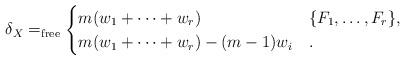
LaTeX: \begin{align*} \delta_X =_{\rm free} \begin{cases} m(w_1+\dots+w_r) & \{ F_1 , \ldots , F_r\}, \\ m(w_1+\dots +w_r) - (m-1)w_i & . \end{cases}\end{align*}